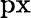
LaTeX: \mathrm{px}